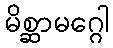
မိစ္ဆာမဂ္ဂေါ